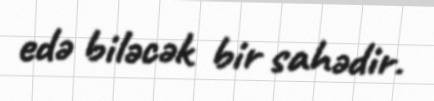
edə biləcək bir sahədir.